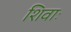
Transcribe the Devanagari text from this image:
शिवाः